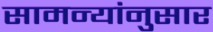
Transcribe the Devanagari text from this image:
सामन्यांनुसार